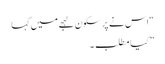
“اس نے پر سکون لہجے میں کہا
” کیا مطلب ۔